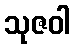
သုဇဝါ